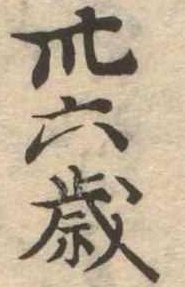
卅六歳